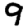
Digit: 9